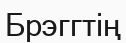
Брэггтің